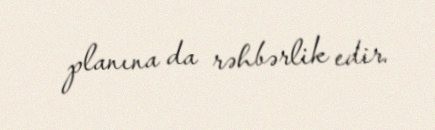
planına da rəhbərlik edir.